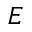
E